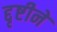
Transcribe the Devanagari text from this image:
द्दृष्टीने